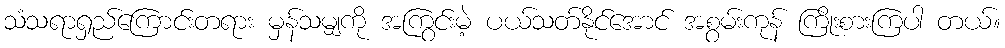
သံသရာရှည်ကြောင်းတရား မှန်သမျှကို အကြွင်းမဲ့ ပယ်သတ်နိုင်အောင် အစွမ်းကုန် ကြိုးစားကြပါ တယ်။